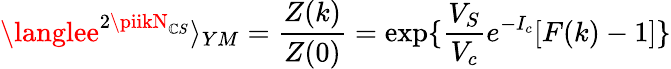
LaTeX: \langlee^{2\piikN_{\mathbb{C}S}}\rangle_{YM}=\frac{{Z(k)}}{{Z(0)}}=\exp\{ \frac{{V_{S}}}{{V_{c}}}e^{-I_{c}}[F(k)-1]\}